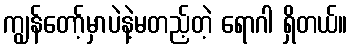
ကျွန်တော့်မှာပဲနဲ့မတည့်တဲ့ ရောဂါ ရှိတယ်။